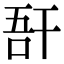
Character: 𢆖